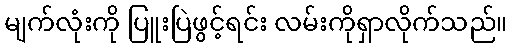
မျက်လုံးကို ပြူးပြဲဖွင့်ရင်း လမ်းကိုရှာလိုက်သည်။